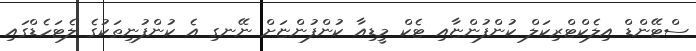
ސްޓޭންޑް އިލެކްޓްރިކަލް ކުންފުންޏާއި ޓެކް މީޑިއާ ކުންފުންޏަށް ނޭނގި އެ ކުންފުނިތަކުގެ ލެޓަހެޑްގައި